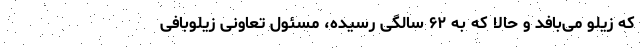
که زیلو می‌بافد و حالا که به ۶۲ سالگی رسیده، مسئول تعاونی زیلوبافی